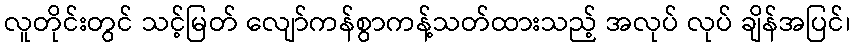
လူတိုင်းတွင် သင့်မြတ် လျော်ကန်စွာကန့်သတ်ထားသည့် အလုပ် လုပ် ချိန်အပြင်၊